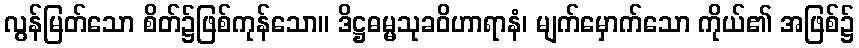
လွန်မြတ်သော စိတ်၌ဖြစ်ကုန်သော။ ဒိဋ္ဌဓမ္မသုခဝိဟာရာနံ၊ မျက်မှောက်သော ကိုယ်၏ အဖြစ်၌